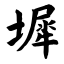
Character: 墀